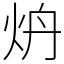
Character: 炿